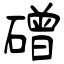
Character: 磳